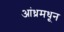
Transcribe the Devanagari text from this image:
आंध्रमधून